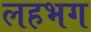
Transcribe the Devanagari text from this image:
लहभग